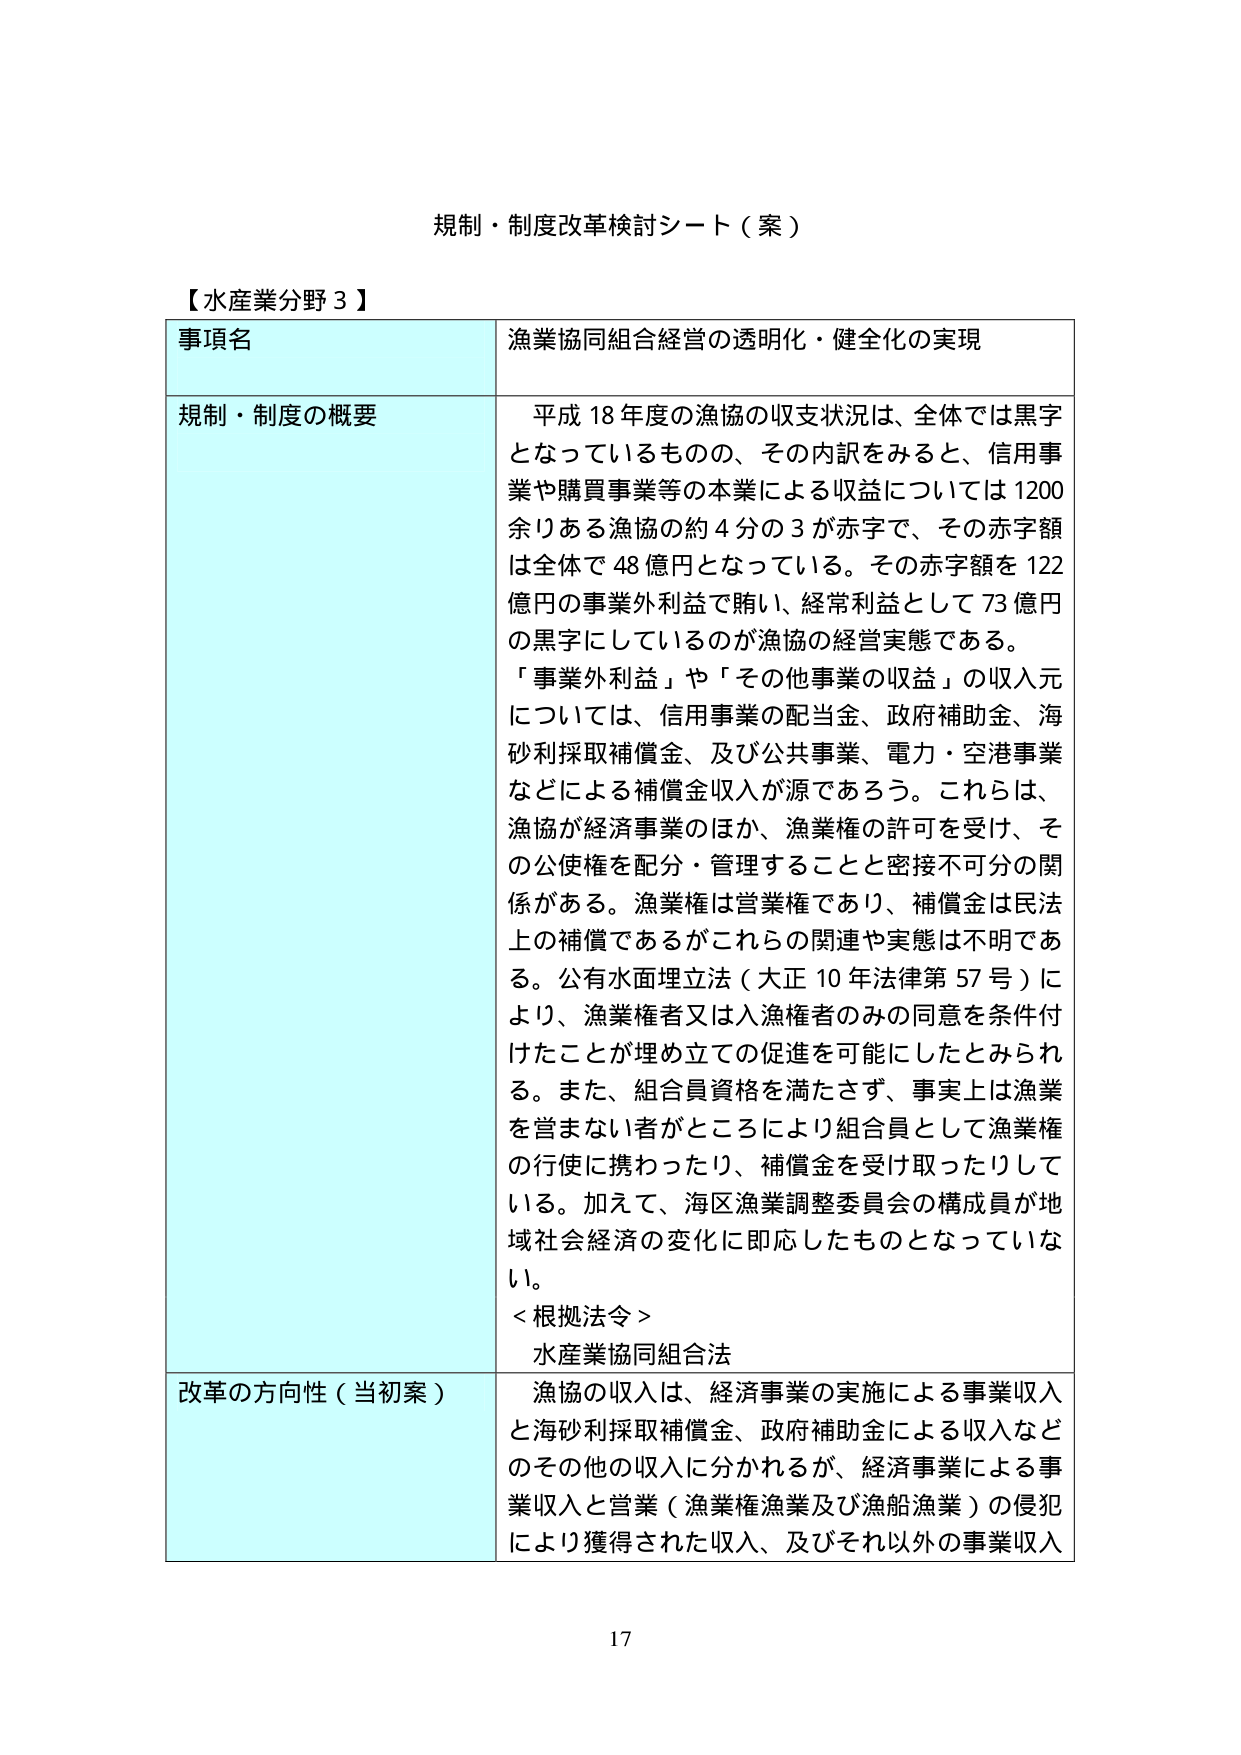
規制・制度改革検討シート（案）

【水産業分野３】

事項名　漁業協同組合経営の透明化・健全化の実現

規制・制度の概要　平成18年度の漁協の収支状況は、全体では黒字となっているものの、その内訳をみると、信用事業や購買事業等の本業による収益については1200余りある漁協の約4分の3が赤字で、その赤字額は全体で48億円となっている。その赤字額を122億円の事業外利益で賄い、経常利益として73億円の黒字にしているのが漁協の経営実態である。
「事業外利益」や「その他事業の収益」の収入元については、信用事業の配当金、政府補助金、海砂利採取補償金、及び公共事業、電力・空港事業などによる補償金収入が源であろう。これらは、漁協が経済事業のほか、漁業権の許可を受け、その公使権を配分・管理することと密接不可分の関係がある。漁業権は営業権であり、補償金は民法上の補償であるがこれらの関連や実態は不明である。公有水面埋立法（大正10年法律第57号）により、漁業権者又は入漁権者のみの同意を条件付けたことが埋め立ての促進を可能にしたとみられる。また、組合員資格を満たさず、事実上は漁業を営まない者がところにより組合員として漁業権の行使に携わったり、補償金を受け取ったりしている。加えて、海区漁業調整委員会の構成員が地域社会経済の変化に即応したものとなっていない。
＜根拠法令＞
水産業協同組合法

改革の方向性（当初案）　漁協の収入は、経済事業の実施による事業収入と海砂利採取補償金、政府補助金による収入などのその他の収入に分かれるが、経済事業による事業収入と営業（漁業権漁業及び漁船漁業）の侵犯により獲得された収入、及びそれ以外の事業収入

17